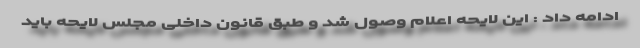
ادامه داد : این لایحه اعلام وصول شد و طبق قانون داخلی مجلس لایحه باید